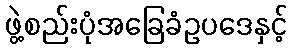
ဖွဲ့စည်းပုံအခြေခံဥပဒေနှင့်